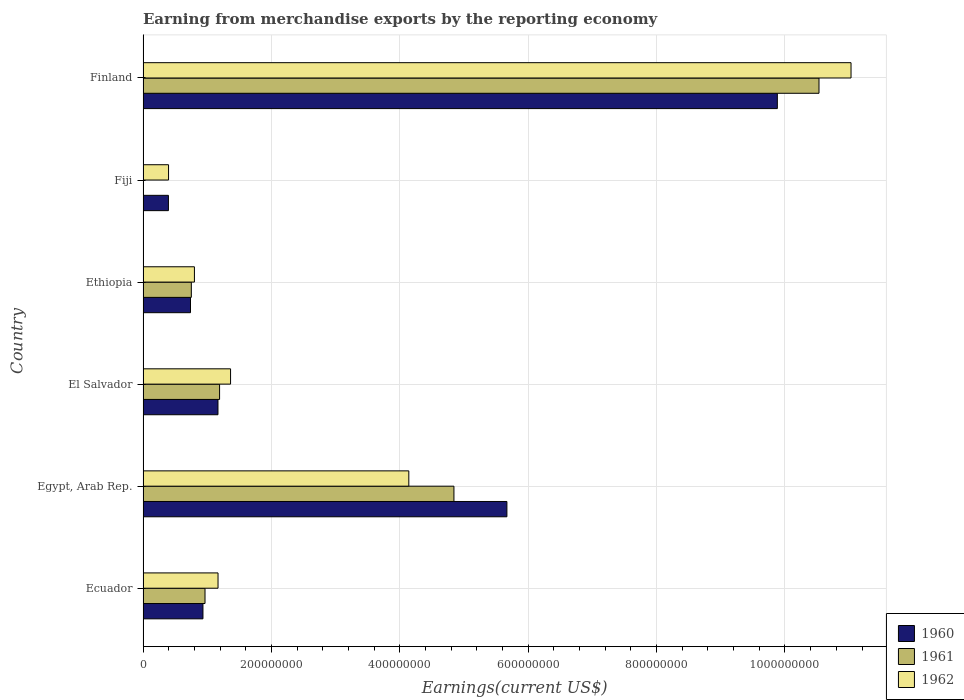
| Country | 1960 | 1961 | 1962 |
 | --- | --- | --- | --- |
 | Ecuador | 9.33e+07 | 9.65e+07 | 1.17e+08 |
 | Egypt, Arab Rep. | 5.67e+08 | 4.84e+08 | 4.14e+08 |
 | El Salvador | 1.17e+08 | 1.19e+08 | 1.36e+08 |
 | Ethiopia | 7.39e+07 | 7.52e+07 | 8e+07 |
 | Fiji | 3.95e+07 | 2e+05 | 3.97e+07 |
 | Finland | 9.88e+08 | 1.05e+09 | 1.1e+09 |